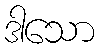
ဒါသော